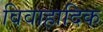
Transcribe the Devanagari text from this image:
विवाहादिक